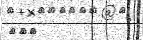
١٤٥